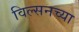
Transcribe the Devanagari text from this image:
विल्सनच्या